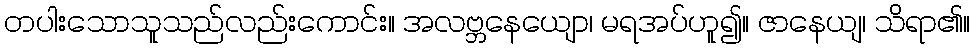
တပါးသောသူသည်လည်းကောင်း။ အလဗ္ဘနေယျော၊ မရအပ်ဟူ၍။ ဇာနေယျ၊ သိရာ၏။